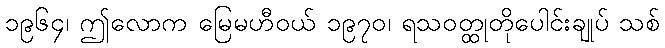
၁၉၆၄၊ ဤလောက မြေမဟီဝယ် ၁၉၇၀၊ ရသဝတ္ထုတိုပေါင်းချုပ် သစ်